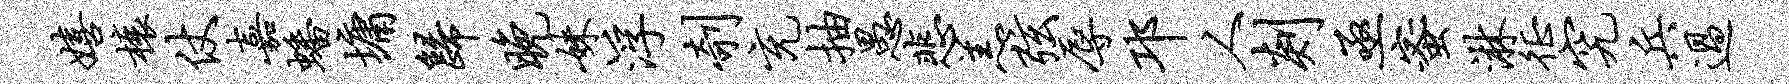
嬉榱仗嘉蟠墉归晚妹浮剞充抽愚悲羔弦辱邛人剡亟蜜淋徵究兵过